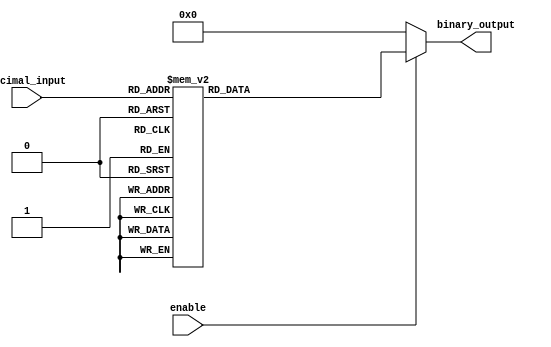
module DecimalToBinaryEncoder (
    input  [3:0] decimal_input,  // 4-bit decimal input (0 to 9)
    input        enable,          // Enable signal
    output reg [3:0] binary_output // 4-bit binary output
);

// Combinational logic to assign binary output based on the decimal input
always @(*) begin
    // Check if enable is low
    if (!enable) begin
        binary_output = 4'b0000; // Default state when not enabled
    end else begin
        case (decimal_input)
            4'b0000 : binary_output = 4'b0000; // 0
            4'b0001 : binary_output = 4'b0001; // 1
            4'b0010 : binary_output = 4'b0010; // 2
            4'b0011 : binary_output = 4'b0011; // 3
            4'b0100 : binary_output = 4'b0100; // 4
            4'b0101 : binary_output = 4'b0101; // 5
            4'b0110 : binary_output = 4'b0110; // 6
            4'b0111 : binary_output = 4'b0111; // 7
            4'b1000 : binary_output = 4'b1000; // 8
            4'b1001 : binary_output = 4'b1001; // 9
            default  : binary_output = 4'b0000; // Invalid input handling
        endcase
    end
end

endmodule